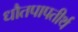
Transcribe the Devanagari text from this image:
धौतपापतीर्थ